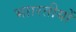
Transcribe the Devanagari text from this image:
भाारतीयों